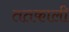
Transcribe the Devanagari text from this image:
ततकाली